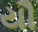
યૌ